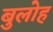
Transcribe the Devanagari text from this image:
बुलोह